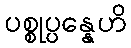
ပစ္စုပ္ပန္နေဟိ